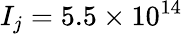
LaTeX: I_{j}=5.5\times 10^{14}